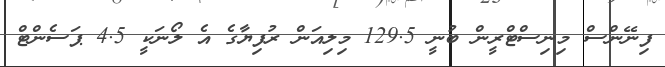
ފިނޭންސް މިނިސްޓްރީން ބުނީ 129.5 މިލިއަން ރުފިޔާގެ އެ ލޯނަކީ 4.5 ޕަސެންޓް